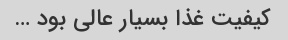
کیفیت غذا بسیار عالی بود …